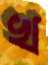
খ